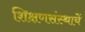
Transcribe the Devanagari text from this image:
शिक्षणसंस्थायें